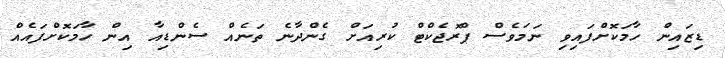
ޑިޒައިން ހާމަކޮށްފައިވި ނަމަވެސް ޕްރޮޖެކްޓް ކުރިއަށް ގެންދާނެ ތަނެއް ސެންޑިއާ އިން ހާމަކޮށްފައެއް